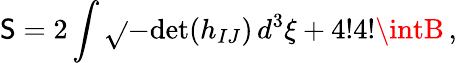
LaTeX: \mathsf{S}=2\int\sqrt{}{{-\mathrm{{det}}(h_{IJ})}}\, d^{3}\xi+4!4!\intB\, ,